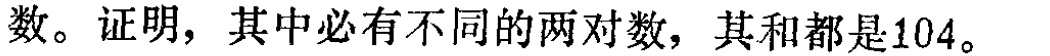
数。证明，其中必有不同的两对数，其和都是104。